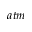
a t m